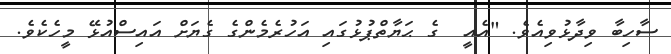
ސާހިބާ ވިދާޅުވިއެވެ. "އެއީ  ގެ ޙަޔާތްޕުޅުގައި އަހުރެމެންގެ ގެޔަށް އައިސްއުޅޭ މީހެކެވެ.